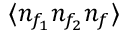
\langle n _ { f _ { 1 } } n _ { f _ { 2 } } n _ { f } \rangle